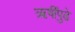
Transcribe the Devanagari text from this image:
ऋषींपुढे